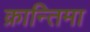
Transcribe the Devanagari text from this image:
क्रान्तिमा